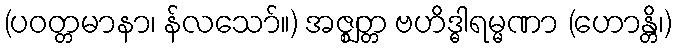
(ပဝတ္တမာနာ၊ န်လသော်။) အဇ္ဈတ္တ ဗဟိဒ္ဓါရမ္မဏာ (ဟောန္တိ၊)